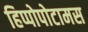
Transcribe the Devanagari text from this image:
हिप्पोपोटामस